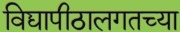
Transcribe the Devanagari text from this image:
विद्यापीठालगतच्या